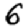
Digit: 6